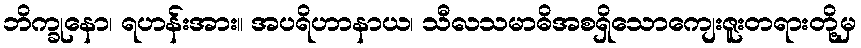
ဘိက္ခုနော၊ ရဟန်းအား။ အပရိဟာနာယ၊ သီလသမာဓိအစရှိသောကျေးဇူးတရားတို့မှ